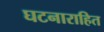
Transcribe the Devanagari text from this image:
घटनाराहित